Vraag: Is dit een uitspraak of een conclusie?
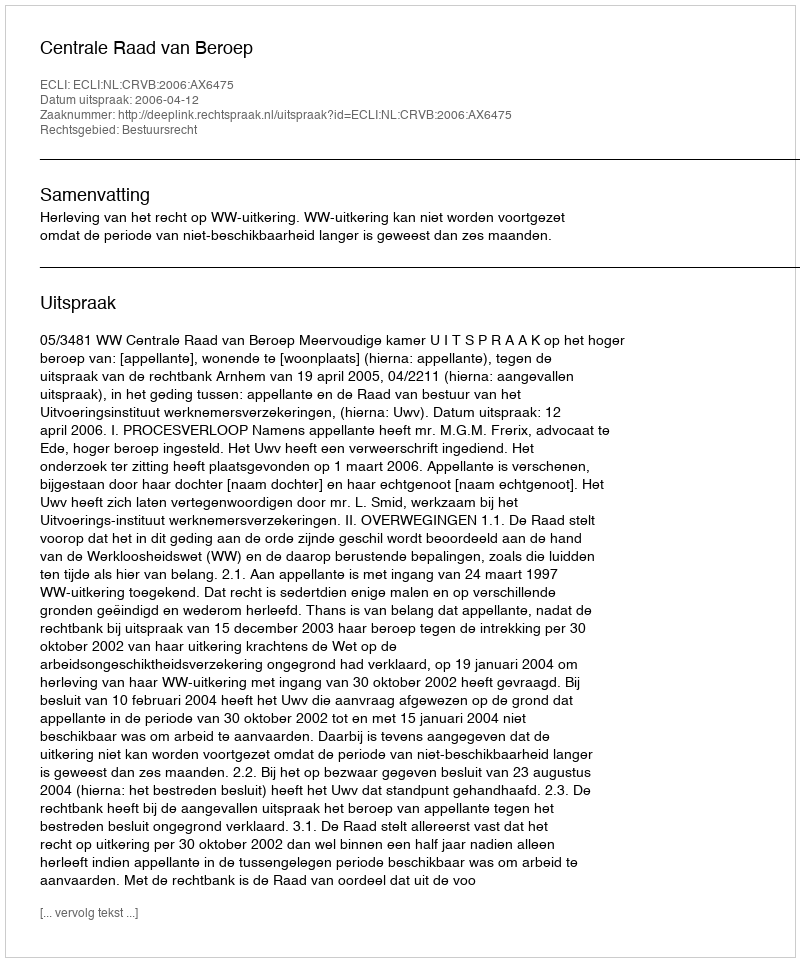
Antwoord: Uitspraak